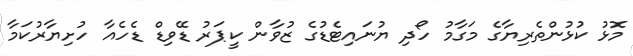
މޮޅު ކުޅުންތެރިޔާގެ މަގާމު ހޯދި ޔުނައިޓެޑުގެ ޒުވާން ކީޕަރު ޑޭވިޑް ޑެހެއާ ހުށިޔާރުކަމާ